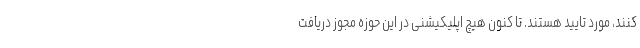
کنند، مورد تایید هستند. تا کنون هیچ اپلیکیشنی در این حوزه مجوز دریافت